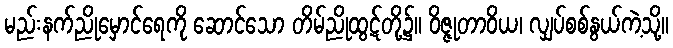
မည်းနက်ညိုမှောင်ရေကို ဆောင်သော တိမ်ညိုထွဋ်တို့၌။ ဝိဇ္ဇုတာဝိယ၊ လျှပ်စစ်နွယ်ကဲ့သို့။